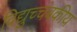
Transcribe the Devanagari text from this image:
विद्युच्चंबकीय